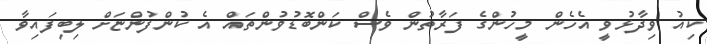
ކިއު ވިދާޅުވީ އެހެން މީހުންގެ ފަރާތުން ވެސް ކަންބޮޑުވުންތައް އެ ކުންފުންޏަށް ލިބިފައިވާ